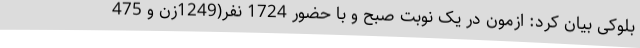
بلوکی بیان کرد: ازمون در یک نوبت صبح و با حضور 1724 نفر(1249زن و 475